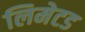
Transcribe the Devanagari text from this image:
लिमेटड